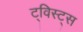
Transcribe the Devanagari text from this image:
ट्विस्ट्स